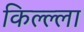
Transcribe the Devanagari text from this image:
किल्ल्ला